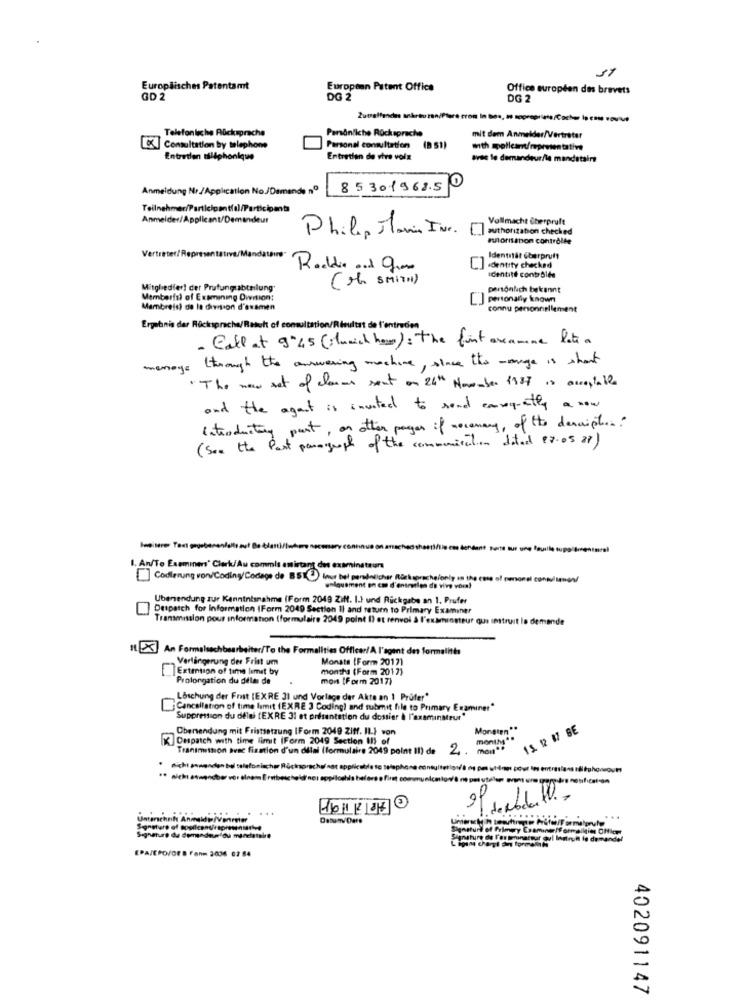
Europäisches Patentamt
European Patent Office
Office européen des brevets
GD 2
DG 2
DG 2
Telefonische Rücksprache
Persönliche Rücksprache
mit dem Anmelder/Vertreter
Consultation by telephone
Personal consultation
(D SI)
Entretien tillphonique
Entretien de vive voix
avec le demandeur/le mandataire
Anmeldung Nr./Application No./Demande nº
8530.1968.50
Teilnehmer/Participantfal/Participants
Anmelder/Applicant/Demandeur
Vollmacht überpruft
authorization checked
Philip Mani Ine.
morisson controlle
Vertreter/Representative/Mandat
Identität Cherpruft
Rooddie . Que
.dentity checked
Identité contrôlée
(the SMITH)
Mitghedier! der Prufunguabteilung
persönlich bekannt
Memberfsl of Examining Owntion:
personally known
Mambreis) de la division d'examen
connu personnellement
Ergebnis dar Rücksprache/Result of consultation/Risultst de l'entretien
Call at 9:45 (lunch how): the fint avenueme late a
manege through the answering machine , since the manage is what
"The new set of clans sent on 26th November 1987 is acceptable
and the agent is invited to send consequently a now
Introductory part, on other pages if necessary, of the description
(See the Past paragraph of the communication dated 27.05 27)
1. An/To Examine' Clerk/Au commis amirtant des examinstaura
[] Codierung von/Coding/Codage de B5 2 hour bei persönlicher Rückspracheionly in the case of personal consultwen/
walquement an con d'entretien de vive voral
Ubensendung zur Kenntnisnahme (Form 2049 Zift. I.) und Rückgabe an 1. Prufer
Despatch for Information (Form 2049 Section Il and return to Primary Examiner
Transmission pour information (formulaire 2049 point I) et renvoi à l'examinateur qui instruit la demande
An Formalsachbearbeiter/To the Formalities Officer/ A l'agent des formalités
, Verlängerung der Frist um
Monats {Form 20171
Extention of time limit by
months (Form 2017)
Prolongation du dela de
mon [Form 2017)
Löschung der Frist (EXRE 31 und Vorlage der Akte an ! Prüfer"
Cancellation of time limit (EXRE 3 Coding) and submit file to Primary Examiner"
Suppression du délai [EXRE 31 et présentation du dossier à l'examinateur"
Obensendung mit Fristsetzung IForm 2049 Ziff. IL.} son
Monaten **
15. 12 17 BE
Despatch with time limit (Form 2049 Section II) of
Transmittion avec fixation d'un dilal (formulaire 2049 point II) de
2.
moi"
nicht anwenden bel telefonischer Rücksprache not applicable to telephone consultation/'à ne pas utine pour les entretiens téléph
municalow/8 r pet valor pro
a
...
161227
in Animaldi Vene
Signaturt of Primary Examiner/formalities OHler
Signature du demandeur du mandatal
ipin cheryl En formell
gnature de l'or iminatwar gul Indirun lo dema
demandel
EPA/EPO/OF @ Form 3:036 02 84
402091147